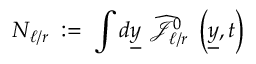
N _ { \ell / r } \; : = \; \int d \underline { { { y } } } ~ \widehat { { \mathcal J } } _ { \ell / r } ^ { 0 } \; \left( \underline { { { y } } } , t \right)